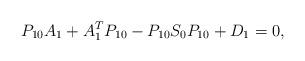
LaTeX: \begin{align*}P_{10}A_{1}+A_{1}^{T}P_{10}-P_{10}{S}_{0}P_{10}+D_{1}=0,\end{align*}